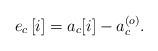
\begin{align*} e_c\left[i\right]=a_c{\left[i\right]}-a_c^{\left(o\right)}.\end{align*}